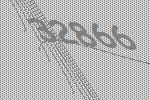
32866